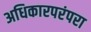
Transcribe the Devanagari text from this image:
अधिकारपरंपरा